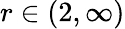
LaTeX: r\in(2,\infty)